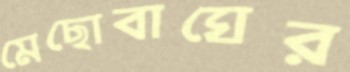
মেছোবাঘের